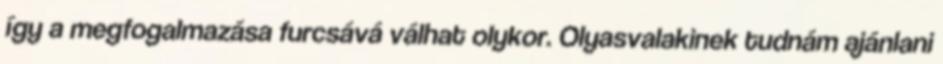
így a megfogalmazása furcsává válhat olykor. Olyasvalakinek tudnám ajánlani